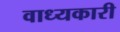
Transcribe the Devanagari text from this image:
वाध्यकारी